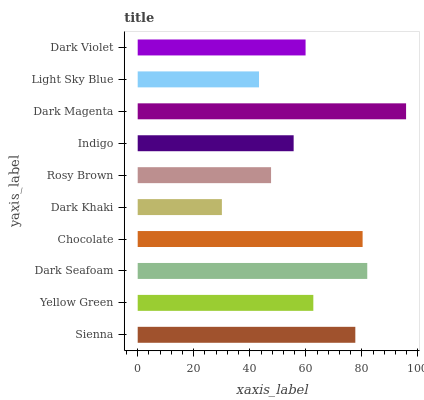
| yaxis_label | bars |
 | --- | --- |
 | Sienna | 77.7 |
 | Yellow Green | 62.7 |
 | Dark Seafoam | 81.9 |
 | Chocolate | 80.3 |
 | Dark Khaki | 30 |
 | Rosy Brown | 47.6 |
 | Indigo | 55.6 |
 | Dark Magenta | 95.8 |
 | Light Sky Blue | 43.3 |
 | Dark Violet | 59.9 |